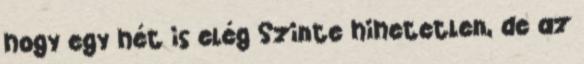
hogy egy hét is elég Szinte hihetetlen, de az